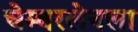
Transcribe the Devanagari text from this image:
चेम्बरलेनला